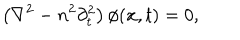
LaTeX: \left( \nabla ^ { 2 } - n ^ { 2 } \partial _ { t } ^ { 2 } \right) \phi ( { \bf x } , t ) = 0 ,